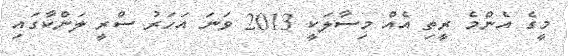
މީގެ އެންމެ ރީތި އެއް މިސާލަކީ 2013 ވަނަ އަހަރު ސްރީ ލަންކާގައި